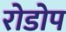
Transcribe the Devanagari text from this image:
रोडोप